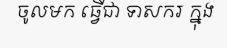
ចូលមក ធ្វើជា ទាសករ ក្នុង